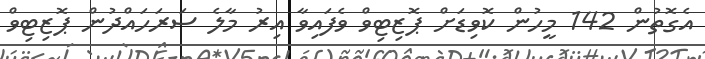
އެގޮތުން 142 މީހުން ކޮވިޑަށް ޕޮޒިޓިވް ވެފައިވާ އިރު މާލެ ސަރަހައްދުން ޕޮޒިޓިވް